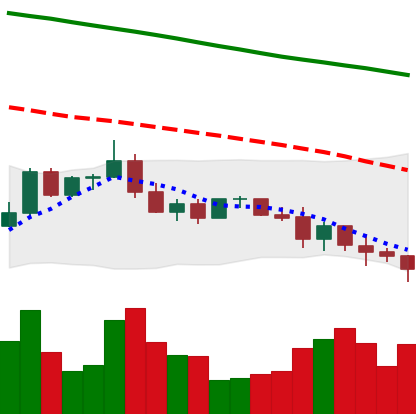
Ticker: ADA-USD
Chart end date: 2022-01-10
Forward return: 14.912%
Label: up_7plus